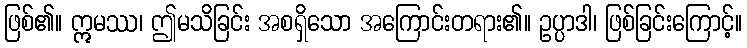
ဖြစ်၏။ ဣမဿ၊ ဤမသိခြင်း အစရှိသော အကြောင်းတရား၏။ ဥပ္ပာဒါ၊ ဖြစ်ခြင်းကြောင့်။